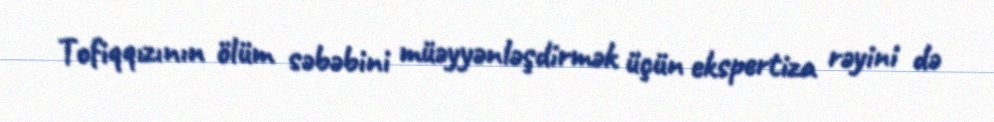
Tofiqqızının ölüm səbəbini müəyyənləşdirmək üçün ekspertiza rəyini də